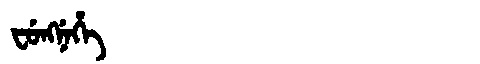
Manchu: ᠸᡠᠩᠨᡝᡥᡝ
Romanization: FUNGNEHE